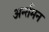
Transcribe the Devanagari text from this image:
अर्न्‍तमन